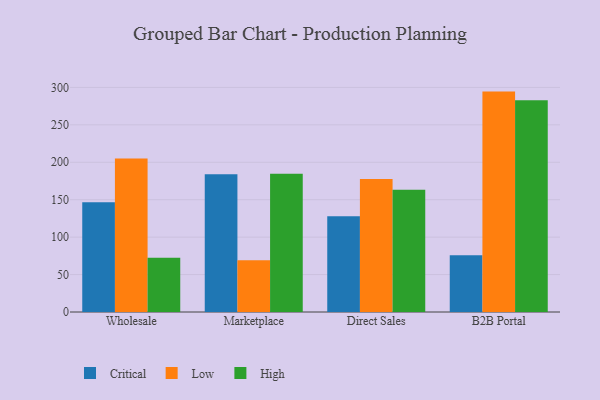
{"axis": {"x": "Channel", "y": "Customer Acquisition Cost (USD)"}, "legend": ["Critical", "High", "Low"], "data": [{"x": "Wholesale", "y": 146.5, "type": "Critical"}, {"x": "Wholesale", "y": 204.9, "type": "Low"}, {"x": "Wholesale", "y": 72.5, "type": "High"}, {"x": "Marketplace", "y": 184.1, "type": "Critical"}, {"x": "Marketplace", "y": 69.2, "type": "Low"}, {"x": "Marketplace", "y": 184.8, "type": "High"}, {"x": "Direct Sales", "y": 127.9, "type": "Critical"}, {"x": "Direct Sales", "y": 177.6, "type": "Low"}, {"x": "Direct Sales", "y": 163.4, "type": "High"}, {"x": "B2B Portal", "y": 75.9, "type": "Critical"}, {"x": "B2B Portal", "y": 294.4, "type": "Low"}, {"x": "B2B Portal", "y": 283.0, "type": "High"}]}